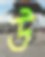
উ